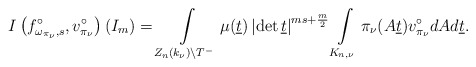
\begin{align*}I\left(f_{\omega_{\pi_\nu},s}^\circ,v^\circ_{\pi_{\nu}}\right)(I_m)=\int \limits _{Z_n(k_\nu)\backslash T^-}\mu(\underline{t})\left|\det \underline{t} \right|^{ms+\frac{m}{2}}\int\limits_{K_{n,\nu}}\pi_{\nu}(A\underline{t})v^\circ_{\pi_{\nu}}dA d\underline{t}.\end{align*}